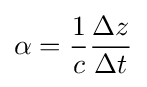
\alpha ={\frac {1}{c}}{\frac {\Delta z}{\Delta t}}